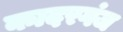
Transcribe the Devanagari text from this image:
कादरगंज